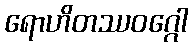
ရောဟိတဿဝဂ္ဂေါ